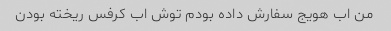
من اب هویج سفارش داده بودم توش اب کرفس ریخته بودن